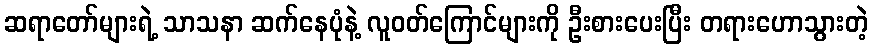
ဆရာတော်များရဲ့ သာသနာ ဆက်နေပုံနဲ့ လူဝတ်ကြောင်များကို ဦးစားပေးပြီး တရားဟောသွားတဲ့